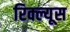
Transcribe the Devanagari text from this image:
रिक्ल्यूस